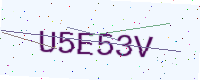
Text: U5E53V